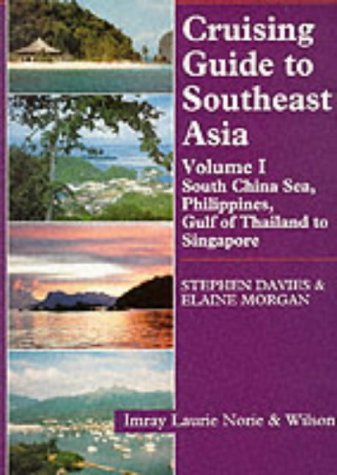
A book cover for Cruising Guide to Southeast Asia, Vol. 1: South China Sea, Philippines, Gulf of Thailand to Singapore; Stephen Davies; Travel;